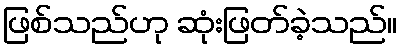
ဖြစ်သည်ဟု ဆုံးဖြတ်ခဲ့သည်။